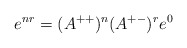
\begin{align*}e^{nr}=(A^{++})^n(A^{+-})^re^0\end{align*}